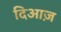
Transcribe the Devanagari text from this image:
दिआज़